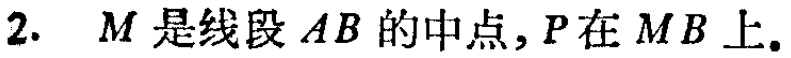
2. \(M\)是线段\(AB\)的中点，\(P\)在\(MB\)上。